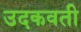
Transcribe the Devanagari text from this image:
उदकवती